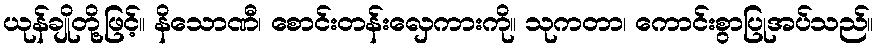
ယုန်ချိုတို့ဖြင့်။ နိသောဏီ၊ စောင်းတန်းလှေကားကို။ သုကတာ၊ ကောင်းစွာပြုအပ်သည်။